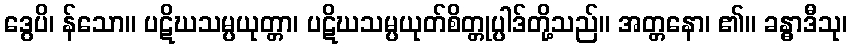
ဒွေပိ၊ န်သော။ ပဋိဃသမ္ပယုတ္တာ၊ ပဋိဃသမ္ပယုတ်စိတ္တုပ္ပါဒ်တို့သည်။ အတ္တနော၊ ၏။ ခန္ဓာဒီသု၊